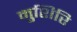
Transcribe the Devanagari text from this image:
मुशिरि